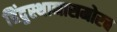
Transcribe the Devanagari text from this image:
हिंदुस्थानासमोरच